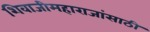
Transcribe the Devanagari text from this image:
शिवाजीमहाराजांसाठी